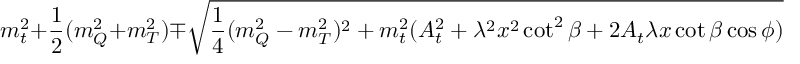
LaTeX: m _ { t } ^ { 2 } + { \frac { 1 } { 2 } } ( m _ { Q } ^ { 2 } + m _ { T } ^ { 2 } ) \mp \sqrt { { \frac { 1 } { 4 } } ( m _ { Q } ^ { 2 } - m _ { T } ^ { 2 } ) ^ { 2 } + m _ { t } ^ { 2 } ( A _ { t } ^ { 2 } + \lambda ^ { 2 } x ^ { 2 } \cot ^ { 2 } \beta + 2 A _ { t } \lambda x \cot \beta \cos \phi ) } \ ,